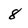
Character: 8